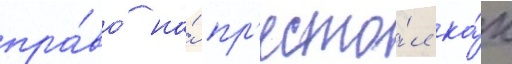
пра́во на́ пр'есто́л ка́к